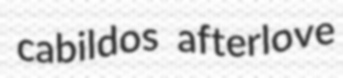
cabildos afterlove